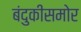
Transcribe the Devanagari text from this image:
बंदुकीसमोर